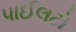
પાઈલટો